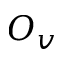
O _ { v }